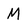
Character: M